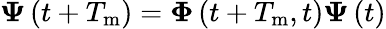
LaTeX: \boldsymbol{\Psi}\left(t+T_{\mathrm{m}}\right)=\boldsymbol{\Phi}\left(t+T_{\mathrm{m}},t\right)\boldsymbol{\Psi}\left(t\right)